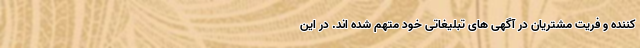
کننده و فریت مشتریان در آگهی های تبلیغاتی خود متهم شده اند. در این